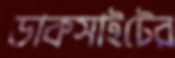
ডাকসাইটের